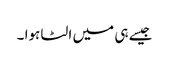
جیسے ہی میں الٹا ہوا ۔